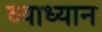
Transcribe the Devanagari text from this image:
व्याध्यान